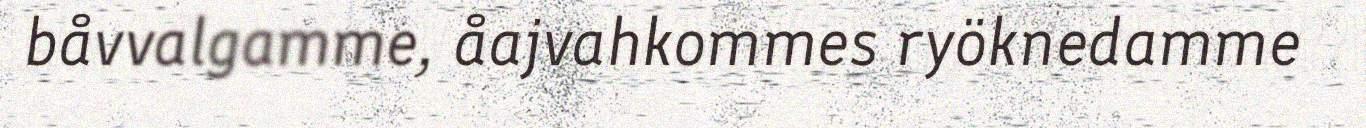
båvvalgamme, åajvahkommes ryöknedamme